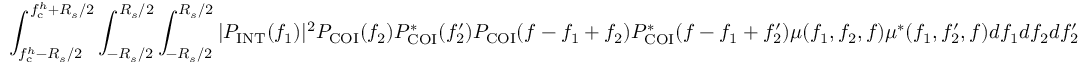
\int _ { f _ { \mathrm { c } } ^ { h } - R _ { s } / 2 } ^ { f _ { \mathrm { c } } ^ { h } + R _ { s } / 2 } \int _ { - R _ { s } / 2 } ^ { R _ { s } / 2 } \int _ { - R _ { s } / 2 } ^ { R _ { s } / 2 } | P _ { \mathrm { I N T } } ( f _ { 1 } ) | ^ { 2 } P _ { \mathrm { C O I } } ( f _ { 2 } ) P _ { \mathrm { C O I } } ^ { \ast } ( f _ { 2 } ^ { \prime } ) P _ { \mathrm { C O I } } ( f - f _ { 1 } + f _ { 2 } ) P _ { \mathrm { C O I } } ^ { \ast } ( f - f _ { 1 } + f _ { 2 } ^ { \prime } ) \mu ( f _ { 1 } , f _ { 2 } , f ) \mu ^ { \ast } ( f _ { 1 } , f _ { 2 } ^ { \prime } , f ) d f _ { 1 } d f _ { 2 } d f _ { 2 } ^ { \prime }